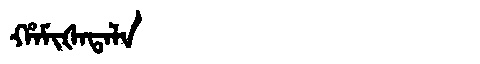
Manchu: ᡥᠠᠮᡳᡧᠠᡨᠠᠯᠠ
Romanization: HAMIŠATALA